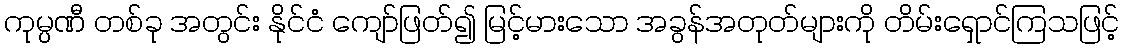
ကုမ္ပဏီ တစ်ခု အတွင်း နိုင်ငံ ကျော်ဖြတ်၍ မြင့်မားသော အခွန်အတုတ်များကို တိမ်းရှောင်ကြသဖြင့်